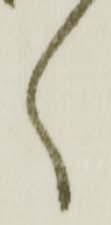
く